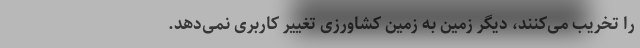
را تخریب می‌کنند، دیگر زمین به زمین کشاورزی تغییر کاربری نمی‌دهد.